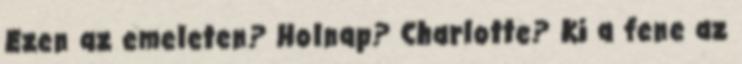
Ezen az emeleten? Holnap? Charlotte? Ki a fene az